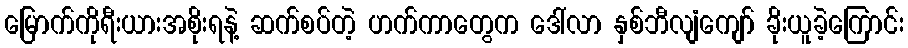
မြောက်ကိုရီးယားအစိုးရနဲ့ ဆက်စပ်တဲ့ ဟက်ကာတွေက ဒေါ်လာ နှစ်ဘီလျံကျော် ခိုးယူခဲ့ကြောင်း